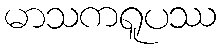
မာသကရူပဿ